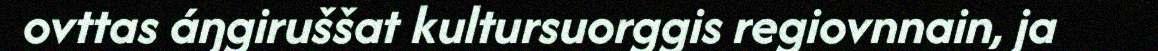
ovttas áŋgiruššat kultursuorggis regiovnnain, ja